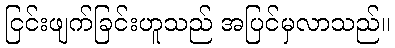
ငြင်းဖျက်ခြင်းဟူသည် အပြင်မှလာသည်။